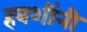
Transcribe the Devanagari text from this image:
हबशींनी